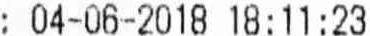
: 04-06-2018 18:11:23